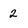
Character: 2